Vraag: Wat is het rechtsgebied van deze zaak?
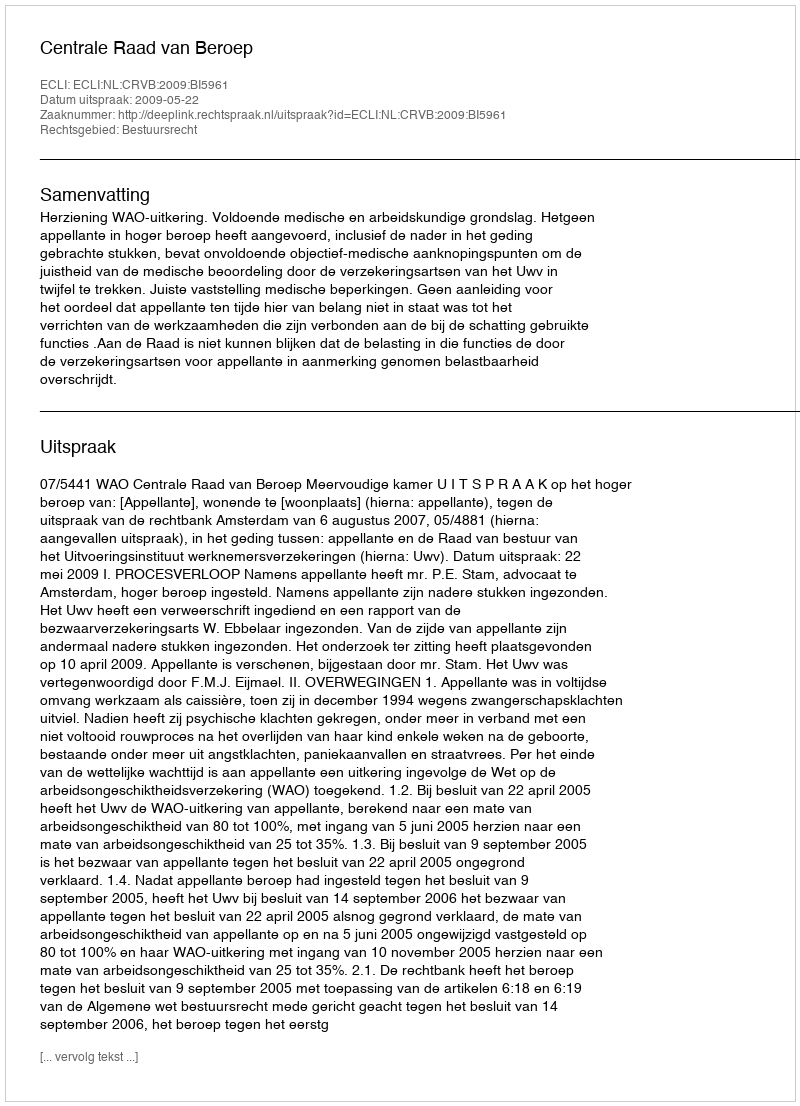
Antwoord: Bestuursrecht